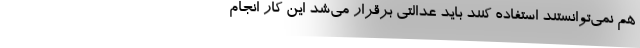
هم نمی‌توانستند استفاده کنند باید عدالتی برقرار می‌شد این کار انجام